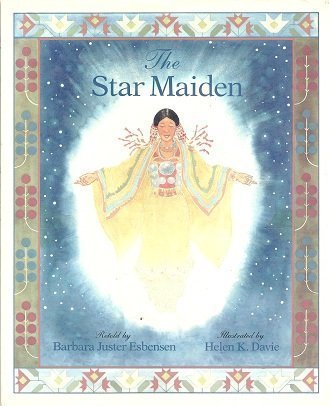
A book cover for The Star Maiden: An Ojibway Tale; Barbara Juster Esbensen; Children's Books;